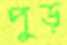
পুড়